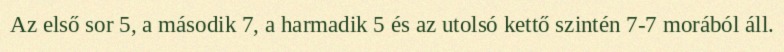
Az első sor 5, a második 7, a harmadik 5 és az utolsó kettő szintén 7-7 morából áll.